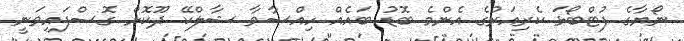
ނޯޔާގެ ފުޓްބޯޅަ ކެރިއަރުގެ އެންމެ ބޮޑު ބައެއް ހިއްސާވާ ޝާލްކޭ ދޫކޮށް ގޮސްފައިވަނީ